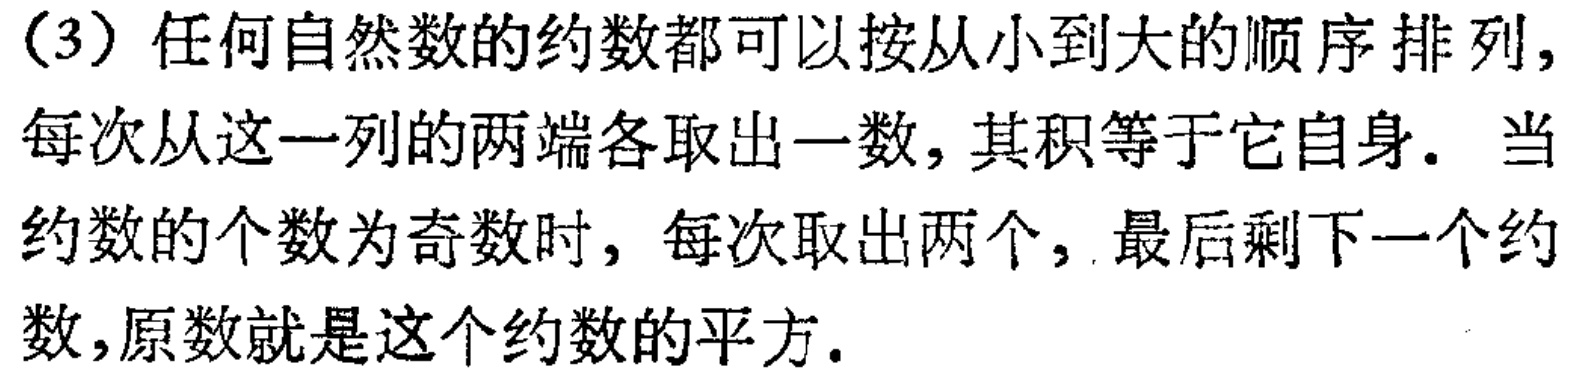
(3) 任何自然数的约数都可以按从小到大的顺序排列, 每次从这一列的两端各取出一数, 其积等于它自身. 当约数的个数为奇数时, 每次取出两个, 最后剩下一个约数, 原数就是这个约数的平方.